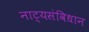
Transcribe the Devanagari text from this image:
नाट्यसंविधान